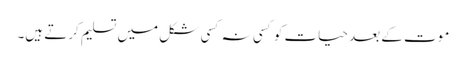
موت کے بعد حیات کو کسی نہ کسی شکل میں تسلیم کرتے ہیں۔